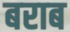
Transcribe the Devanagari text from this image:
बराब